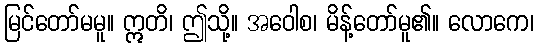
မြင်တော်မမူ။ ဣတိ၊ ဤသို့။ အဝေါစ၊ မိန့်တော်မူ၏။ လောကေ၊